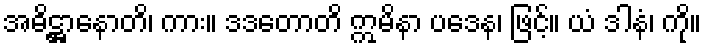
အဓိဋ္ဌာနောတိ၊ ကား။ ဒဒတောတိ ဣမိနာ ပဒေန၊ ဖြင့်။ ယံ ဒါနံ၊ ကို။